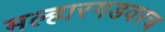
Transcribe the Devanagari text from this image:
मल्हारगडवरच